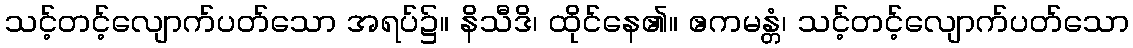
သင့်တင့်လျောက်ပတ်သော အရပ်၌။ နိသီဒိ၊ ထိုင်နေ၏။ ဧကမန္တံ၊ သင့်တင့်လျောက်ပတ်သော